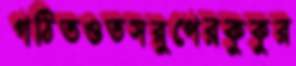
গঠিতওতসরুপেরকুকুর